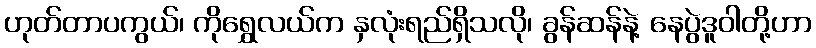
ဟုတ်တာပကွယ်၊ ကိုရွှေလယ်က နှလုံးရည်ရှိသလို၊ ခွန်ဆန်နဲ့ နေပွဲဒူဝါတို့ဟာ